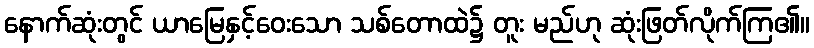
နောက်ဆုံးတွင် ယာမြေနှင့်ဝေးသော သစ်တောထဲ၌ တူး မည်ဟု ဆုံးဖြတ်လိုက်ကြ၏။